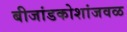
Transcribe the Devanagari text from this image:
बीजांडकोशांजवळ